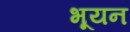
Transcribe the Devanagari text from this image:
भूयन